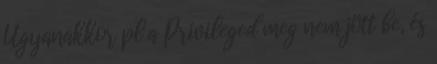
Ugyanakkor pl a Privileged meg nem jött be, és